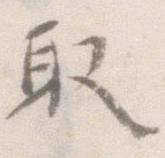
取